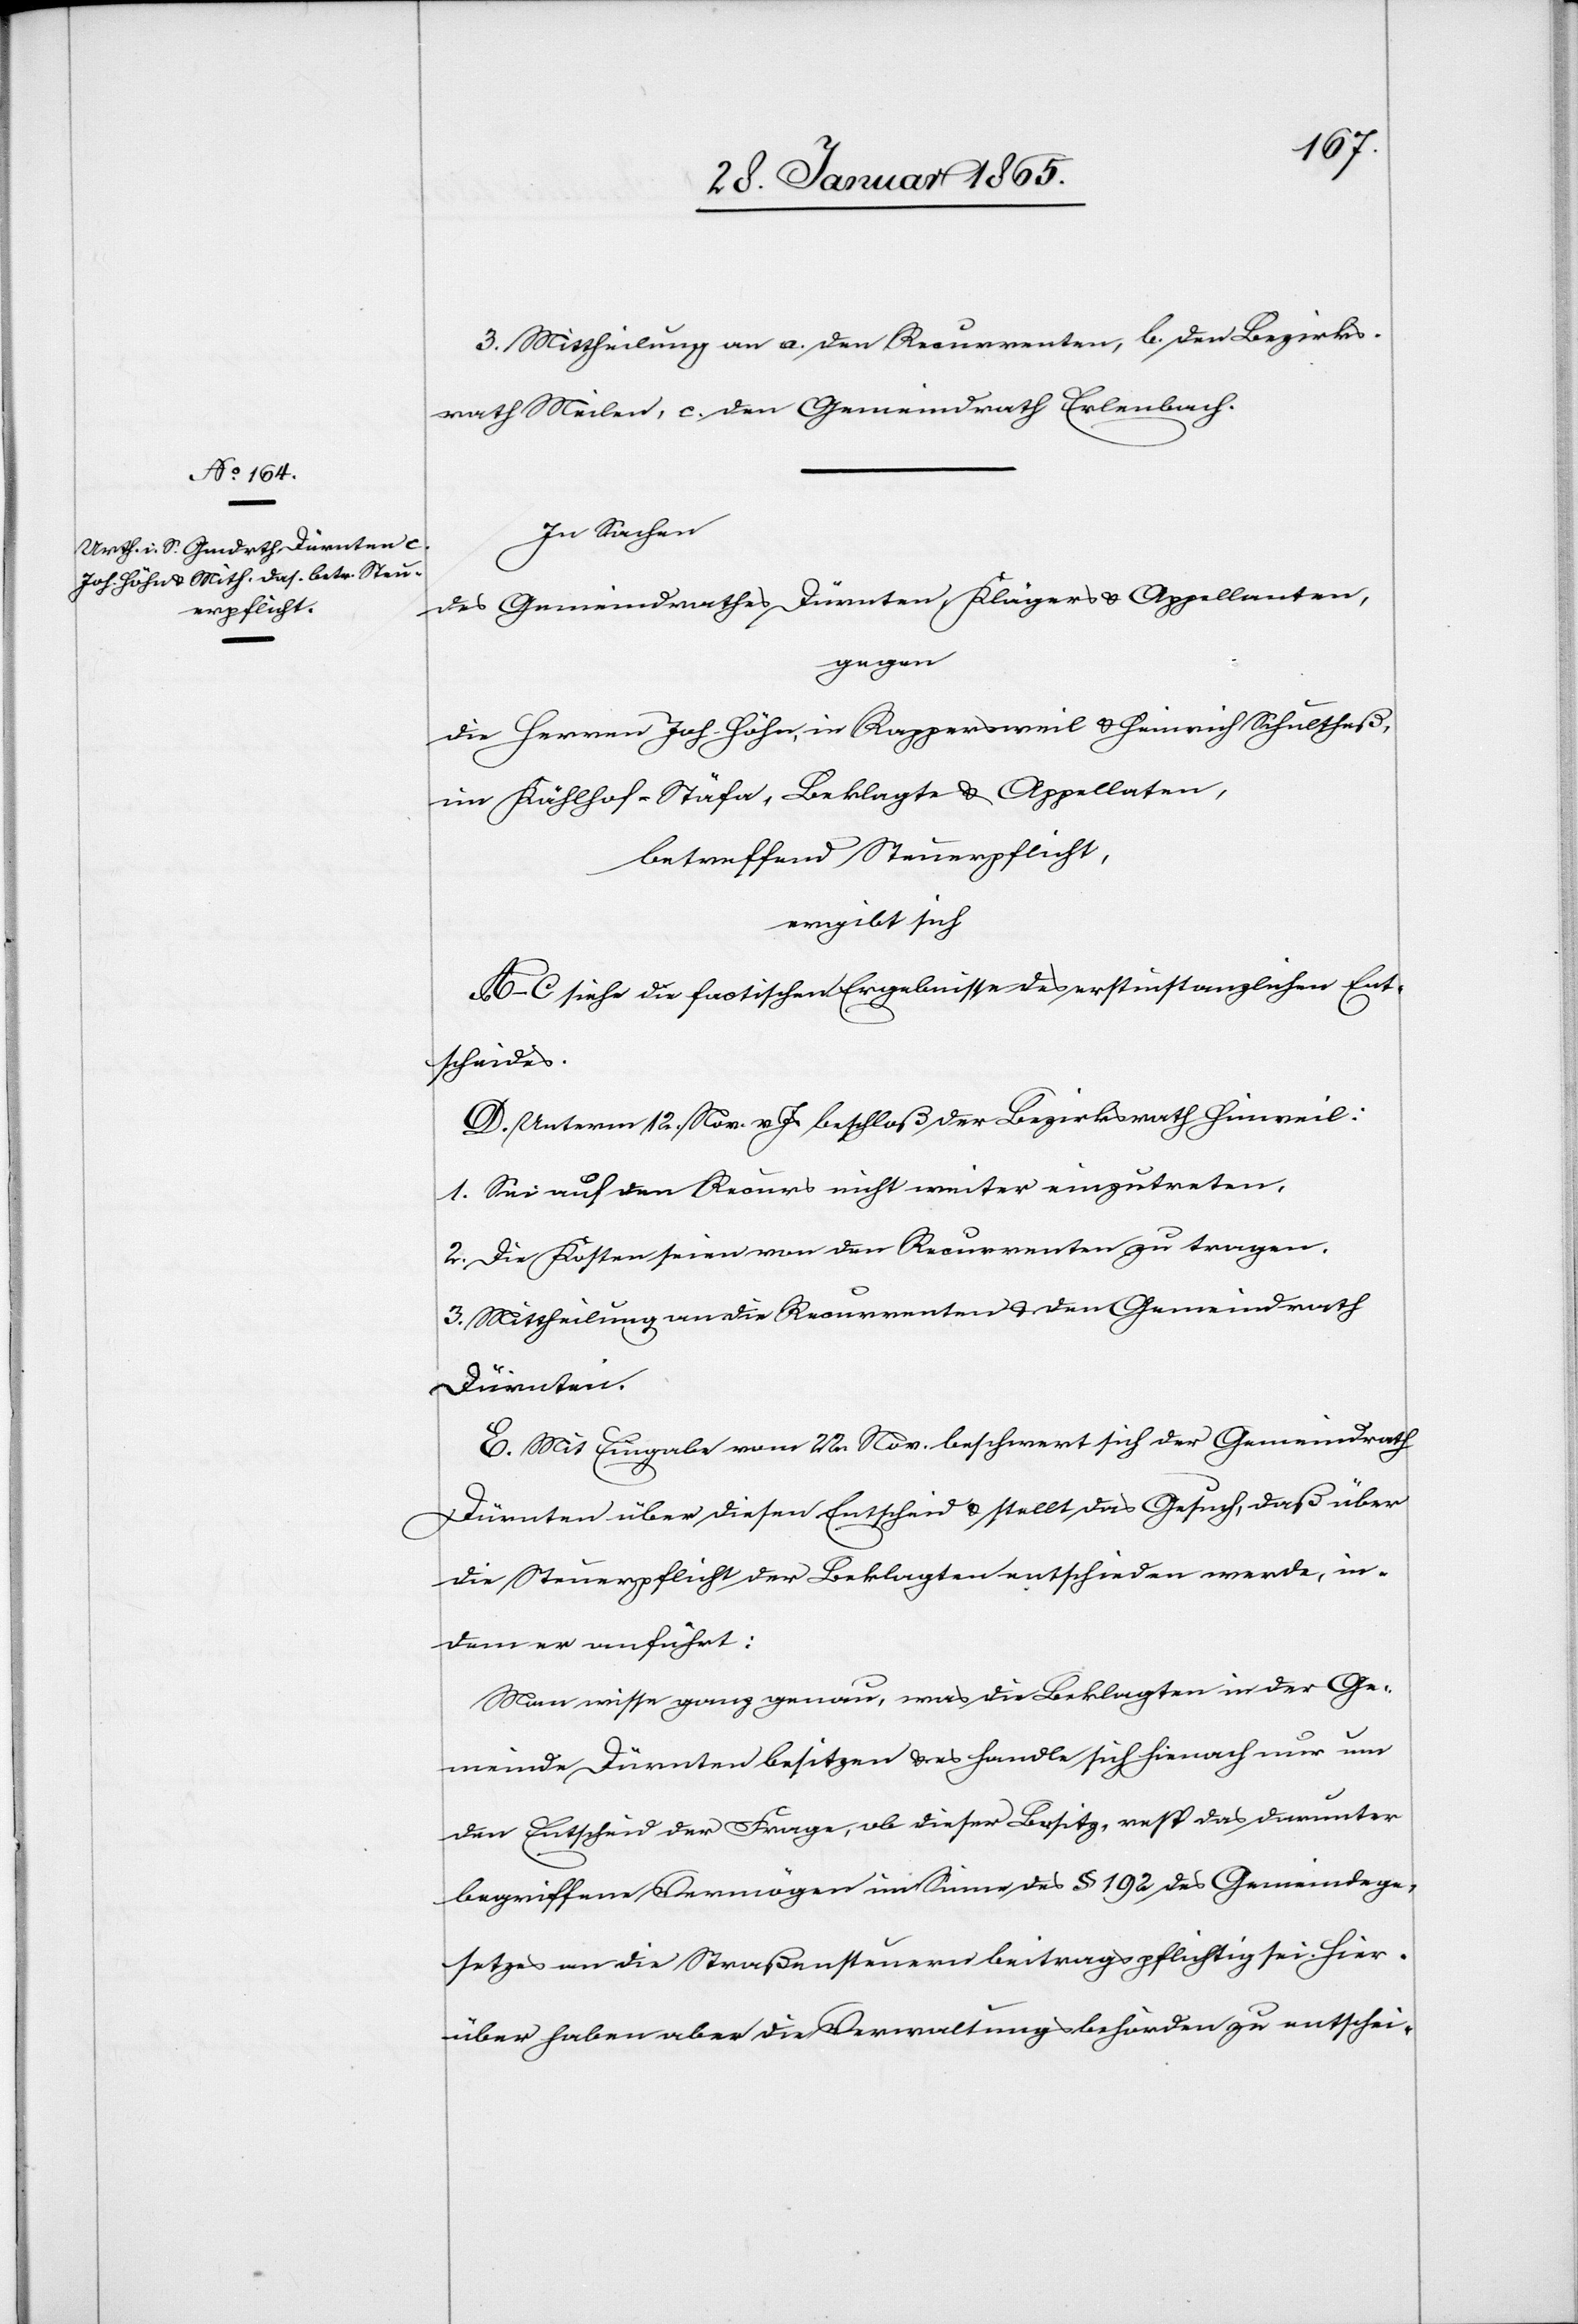
3. Mittheilung an a. den Recurrenten, b. den Bezirks¬
rath Meilen, c. den Gemeindrath Erlenbach.
In Sachen
des Gemeindrathes Dürnten, Klägers u. Appellanten,
gegen
die Herren Joh. Höhn, in Rappersweil u. Heinrich Schultheß,
im Kählhof-Stäfa, Beklagte u. Appellaten,
betreffend Steuerpflicht,
ergibt sich
A–C siehe die factischen Ergebnisse des erstinstanzlichen Ent¬
scheides.
D. Unterm 12. Nov. v Js beschloß der Bezirksrath Hinweil:
1. Sei auf den Recurs nicht weiter einzutreten,
2. die Kosten seien von den Recurrenten zu tragen.
3. Mittheilung an die Recurrenten u. den Gemeindrath
Dürnten.
E. Mit Eingabe vom 22. Nov. beschwert sich der Gemeindrath
Dürnten über diesen Entscheid u. stellt das Gesuch, daß über
die Steuerpflicht der Beklagten entschieden werde, in¬
dem er anführt:
Man wisse ganz genau, was die Beklagten in der Ge¬
meinde Dürnten besitzen u. es handle sich hienach nur um
den Entscheid der Frage, ob dieser Besitz, resp das darunter
begriffene Vermögen im Sinne des § 192 des Gemeindege¬
setzes an die Straßensteuern beitragspflichtig sei. Hier¬
über haben aber die Verwaltungsbehörden zu entschei-